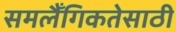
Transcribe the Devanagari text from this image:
समलैँगिकतेसाठी